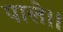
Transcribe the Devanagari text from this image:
पाले।।